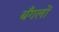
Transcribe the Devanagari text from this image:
बँगलों